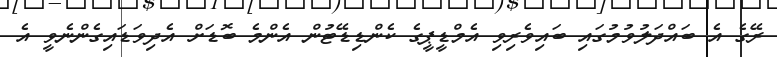
ރޭގެ އެ ބައްދަލުވުމުގައި ބައިވެރިވި އެމްޑީޕީގެ ކެންޑިޑޭޓުން އެންމެ ބޮޑަށް އެދިވަޑައިގެންނެވީ އެ